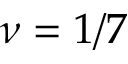
\nu = 1 / 7